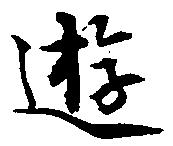
遊